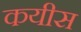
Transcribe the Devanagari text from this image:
कयीस